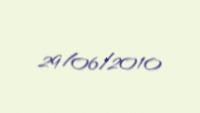
29/06/2010